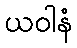
ယဝါနံ